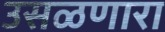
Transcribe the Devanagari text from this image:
उसळणारा